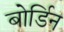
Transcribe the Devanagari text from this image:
बोर्डिन